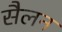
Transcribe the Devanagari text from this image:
सैलन